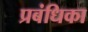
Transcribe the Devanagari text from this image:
प्रबंधिका